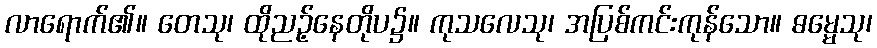
လာရောက်၏။ တေသု၊ ထိုညဉ့်နေတိုပ၌။ ကုသလေသု၊ အပြစ်ကင်းကုန်သော။ ဓမ္မေသု၊